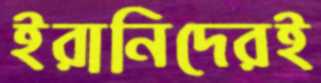
ইরানিদেরই